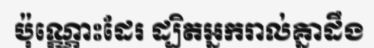
ប៉ុណ្ណោះដែរ ដ្បិតអ្នករាល់គ្នាដឹង